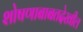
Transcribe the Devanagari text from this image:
शोषणाबाबतदेखील